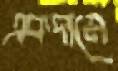
একদামে